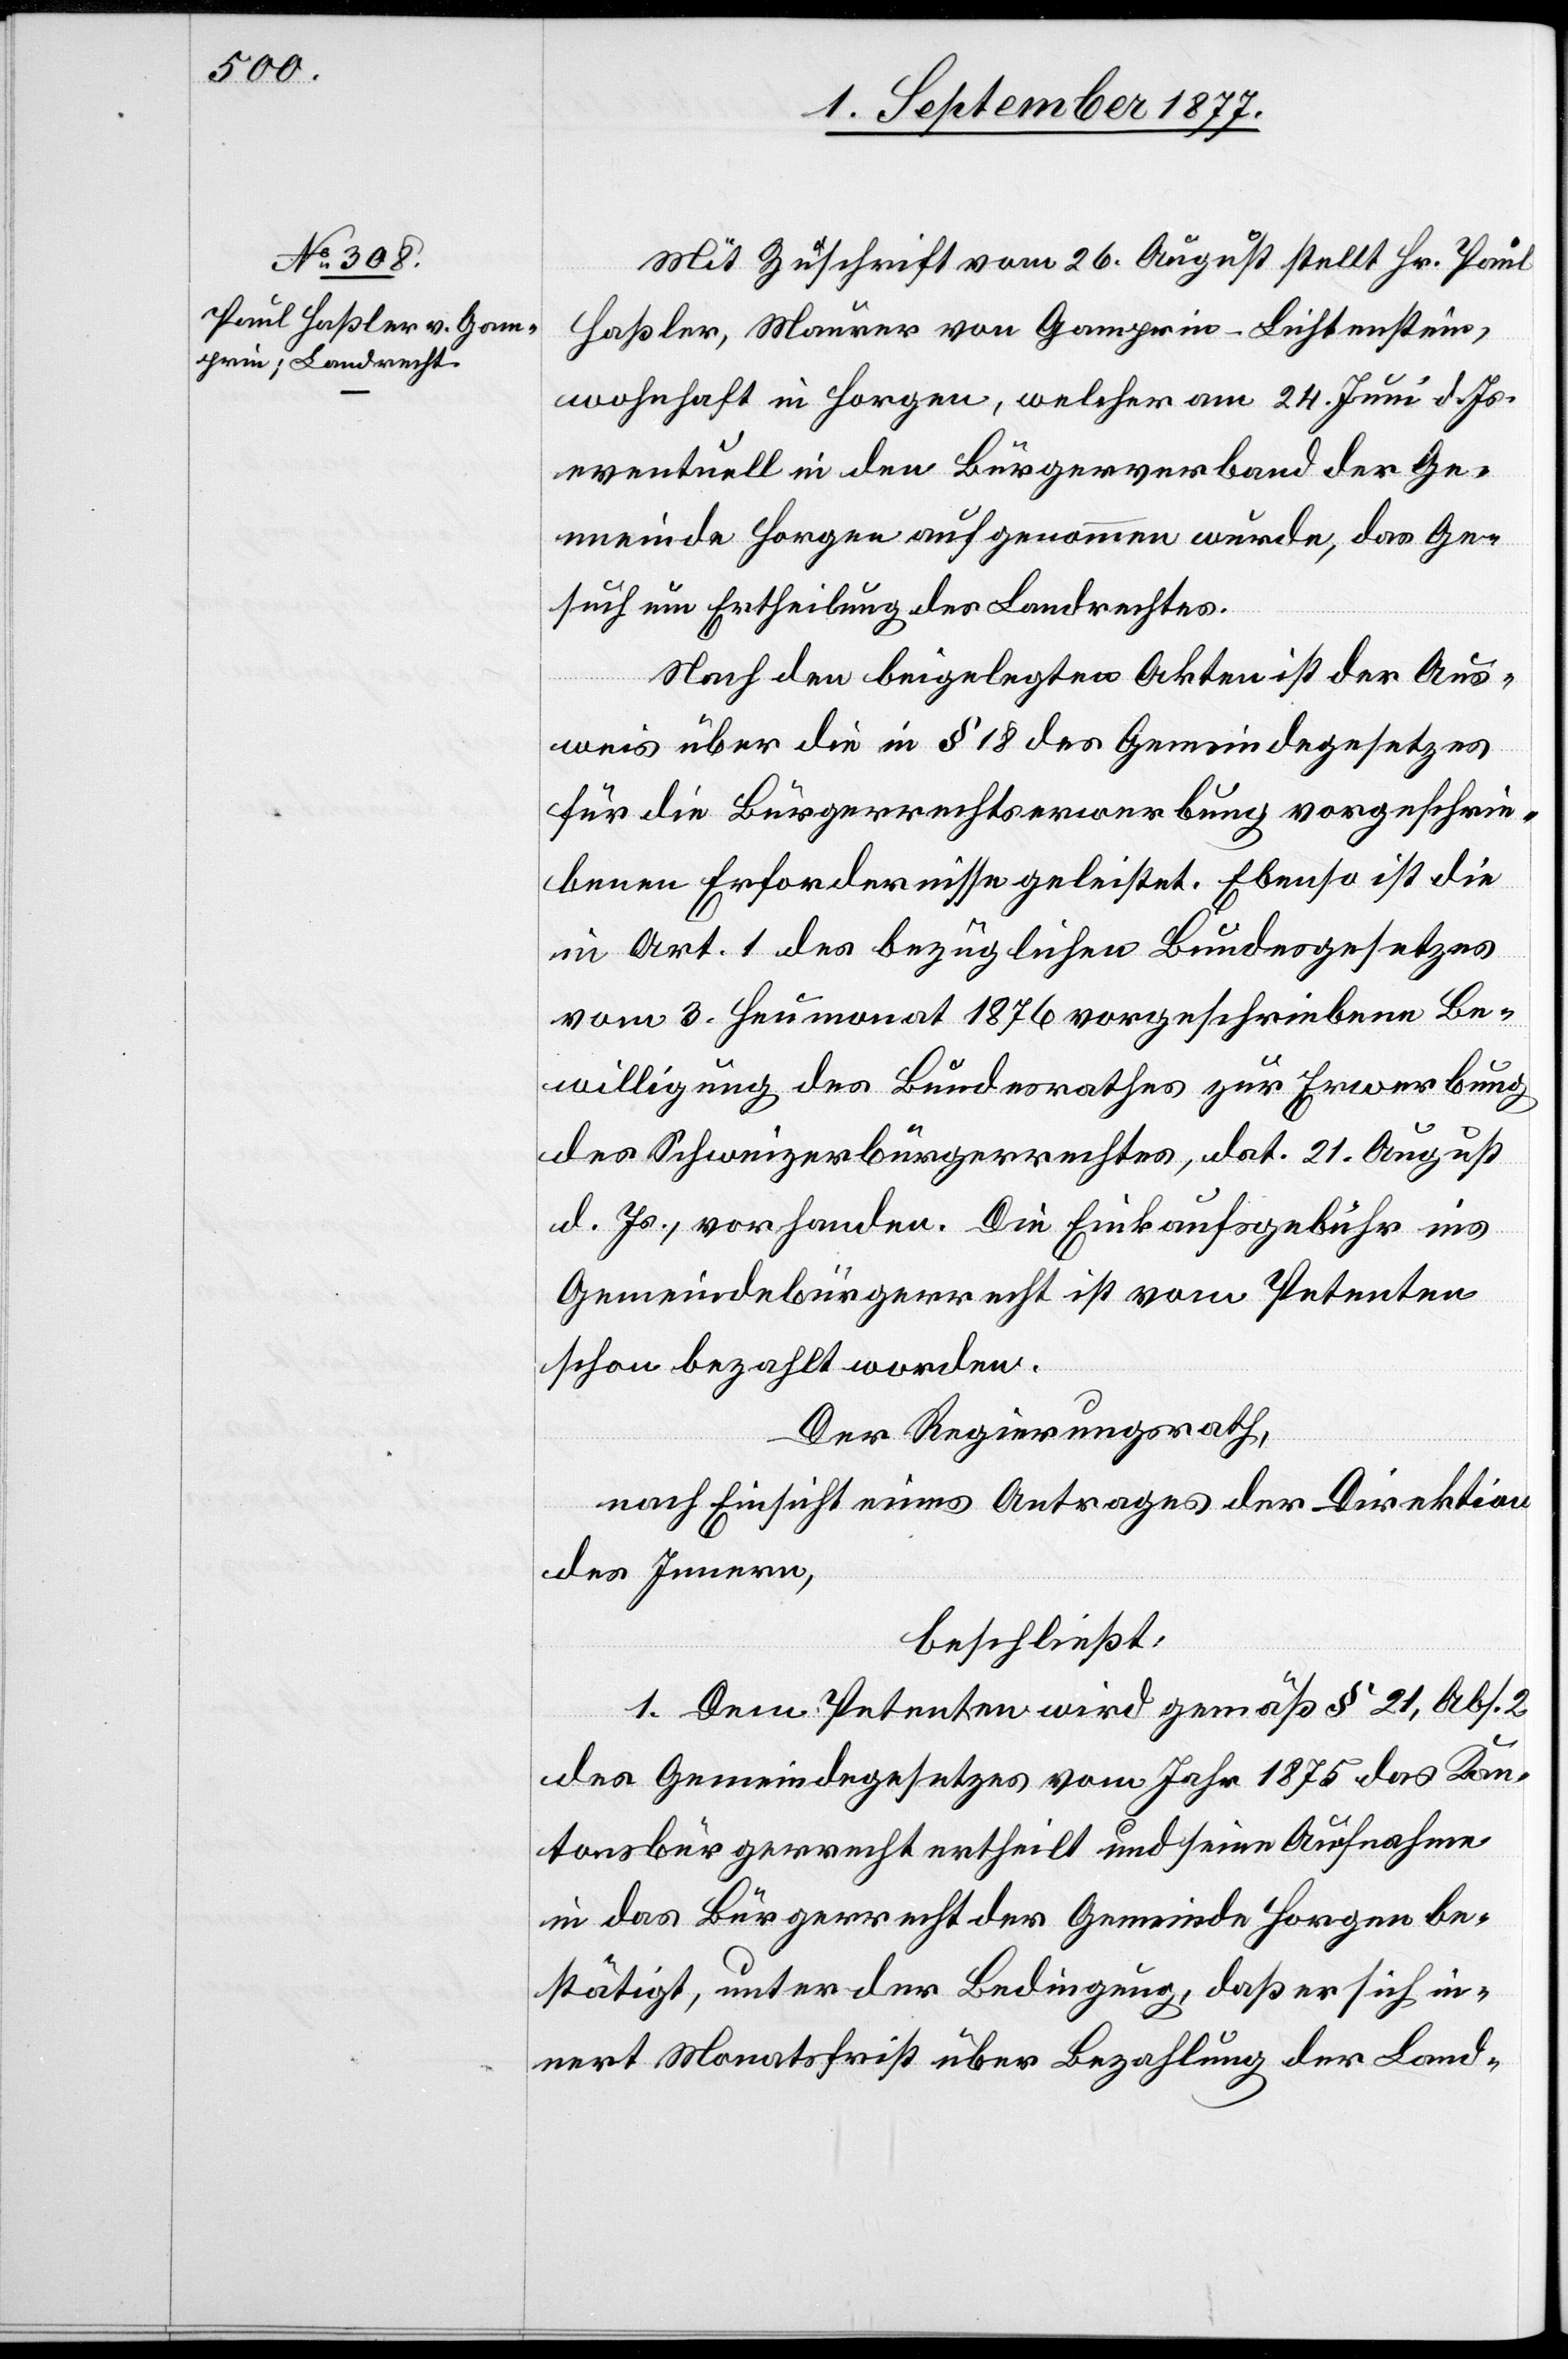
Mit Zuschrift vom 26. August stellt Hr. Paul
Haßler, Maurer von Gamprin - Lichtenstein,
wohnhaft in Horgen, welcher am 24. Juni d. Js.
eventuell in den Bürgerverband der Ge¬
meinde Horgen aufgenommen wurde, das Ge¬
such um Ertheilung des Landrechtes.
Nach den beigelegten Akten ist der Aus¬
weis über die in § 18 des Gemeindegesetzes
für die Bürgerrechtserwerbung vorgeschrie¬
benen Erfordernisse geleistet. Ebenso ist die
in Art. 1 des bezüglichen Bundesgesetzes
vom 3. Heumonat 1876 vorgeschriebene Be¬
willigung des Bundesrathes zur Erwerbung
des Schweizerbürgerrechtes, dat. 21. August
d. Js., vorhanden. Die Einkaufsgebühr ins
Gemeindebürgerrecht ist vom Petenten
schon bezahlt worden.
Der Regierungsrath,
nach Einsicht eines Antrages der Direktion
des Innern,
beschließt:
1. Dem Petenten wird gemäß § 21, Abs. 2
des Gemeindegesetzes vom Jahr 1875 das Kan¬
tonsbürgerrecht ertheilt und seine Aufnahme
in das Bürgerrecht der Gemeinde Horgen be¬
stätigt, unter der Bedingung, daß er sich in¬
nert Monatsfrist über Bezahlung der Land-